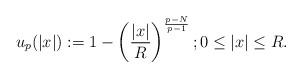
LaTeX: \begin{align*}u_{p}(\left\vert x\right\vert ):=1-\left( \frac{\left\vert x\right\vert }{R}\right) ^{\frac{p-N}{p-1}};0\leq\left\vert x\right\vert \leq R.\end{align*}